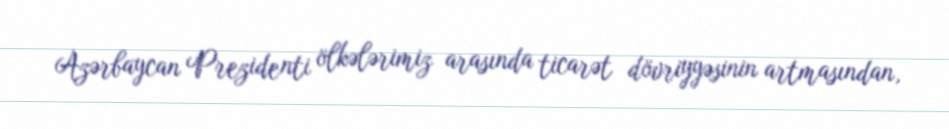
Azərbaycan Prezidenti ölkələrimiz arasında ticarət dövriyyəsinin artmasından,